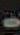
-